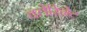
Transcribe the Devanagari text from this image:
क्लेरिनेट